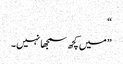
“
”میں کچھ سمجھا نہیں۔